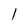
Character: l